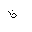
Letter: _za